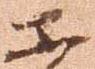
等